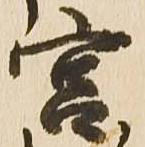
宮